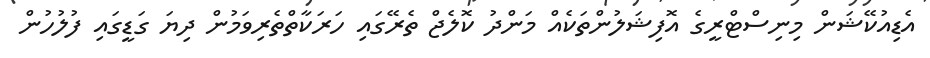
އެޑިއުކޭޝަން މިނިސްޓްރީގެ އޮފިޝަލުންތަކެއް މަންދު ކޮލެޖް ތެރޭގައި ހަރަކާތްތެރިވަމުން ދިޔަ ގަޑީގައި ފުލުހުން